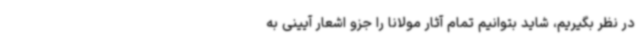
در نظر بگیریم، شاید بتوانیم تمام آثار مولانا را جزو اشعار آیینی به